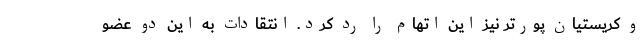
و کریستیان پورتر نیز این اتهام را رد کرد. انتقادات به این دو عضو